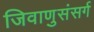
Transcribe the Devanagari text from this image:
जिवाणुसंसर्ग